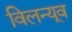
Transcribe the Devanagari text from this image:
विलन्यूव